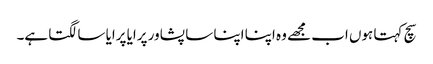
سچ کہتا ہوں اب مجھے وہ اپنا اپنا سا پشاور پرایا پرایا سا لگتا ہے۔